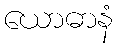
ယောဓာနံ